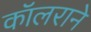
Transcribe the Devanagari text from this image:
कॉलराने